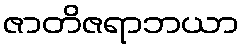
ဇာတိဇရာဘယာ